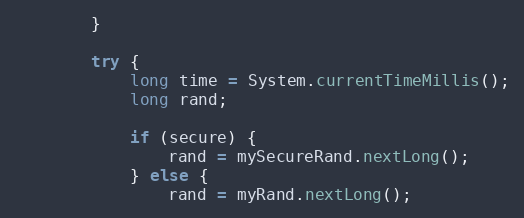
Language: Java
        }

        try {
            long time = System.currentTimeMillis();
            long rand;

            if (secure) {
                rand = mySecureRand.nextLong();
            } else {
                rand = myRand.nextLong();